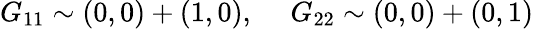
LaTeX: G_{11}\sim(0,0)+(1,0),~~~~~G_{22}\sim(0,0)+(0,1)